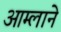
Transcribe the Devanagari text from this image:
आम्लाने